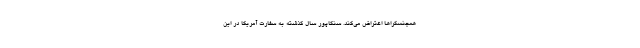
همجنسگراها اعتراض می‌کند. سنگاپور سال گذشته به سفارت آمریکا در این